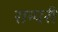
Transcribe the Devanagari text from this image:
राम्परी